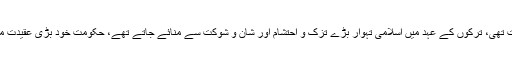
اس وقت وہاں ترک حکومت تھی، ترکوں کے عہد میں اسلامی تہوار بڑے تزک و احتشام اور شان و شوکت سے منائے جاتے تھے، حکومت خود بڑی عقیدت مندی سے انتظام کرتی تھی۔